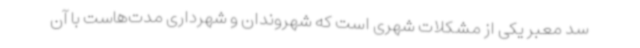
سد معبر یکی از مشکلات شهری است که شهروندان و شهرداری مدت‌هاست با آن